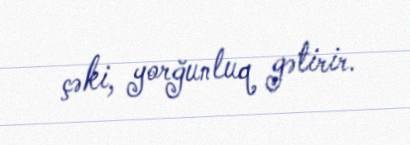
çəki, yorğunluq gətirir.